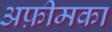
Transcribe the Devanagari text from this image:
अफ़ीमका